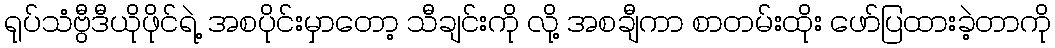
ရုပ်သံဗွီဒီယိုဖိုင်ရဲ့ အစပိုင်းမှာတော့ သီချင်းကို လို့ အစချီကာ စာတမ်းထိုး ဖော်ပြထားခဲ့တာကို